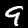
Label: 9